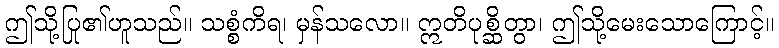
ဤသို့ပြု၏ဟူသည်။ သစ္စံကိရ၊ မှန်သလော။ ဣတိပုစ္ဆိတွာ၊ ဤသို့မေးသောကြောင့်။